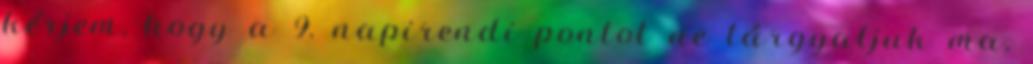
kérjem, hogy a 9. napirendi pontot ne tárgyaljuk ma,